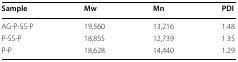
| Sample | Mw | Mn | PDI |
 | --- | --- | --- | --- |
 | AG-P-SS-P | 19,560 | 13,216 | 1.48 |
 | P-SS-P | 18,855 | 12,739 | 1.35 |
 | P-P | 18,628 | 14,440 | 1.29 |